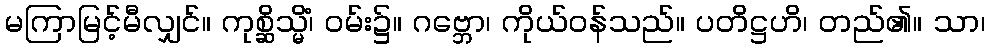
မကြာမြင့်မီလျှင်။ ကုစ္ဆိသ္မိံ၊ ဝမ်း၌။ ဂဗ္ဘော၊ ကိုယ်ဝန်သည်။ ပတိဋ္ဌဟိ၊ တည်၏။ သာ၊